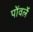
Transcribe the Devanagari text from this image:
पोंवर्ले